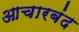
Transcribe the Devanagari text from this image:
आचारबंद